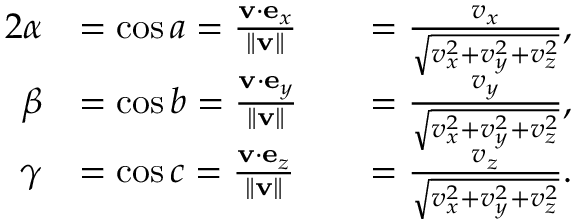
{ \begin{array} { r l r l } { { 2 } \alpha } & { = \cos a = { \frac { \mathbf { v } \cdot \mathbf { e } _ { x } } { \Vert \mathbf { v } \Vert } } } & & { = { \frac { v _ { x } } { \sqrt { v _ { x } ^ { 2 } + v _ { y } ^ { 2 } + v _ { z } ^ { 2 } } } } , } \\ { \beta } & { = \cos b = { \frac { \mathbf { v } \cdot \mathbf { e } _ { y } } { \Vert \mathbf { v } \Vert } } } & & { = { \frac { v _ { y } } { \sqrt { v _ { x } ^ { 2 } + v _ { y } ^ { 2 } + v _ { z } ^ { 2 } } } } , } \\ { \gamma } & { = \cos c = { \frac { \mathbf { v } \cdot \mathbf { e } _ { z } } { \Vert \mathbf { v } \Vert } } } & & { = { \frac { v _ { z } } { \sqrt { v _ { x } ^ { 2 } + v _ { y } ^ { 2 } + v _ { z } ^ { 2 } } } } . } \end{array} }